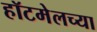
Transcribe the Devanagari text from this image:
हॉटमेलच्या